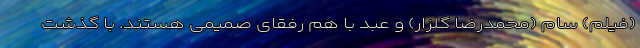
(فیلم) سام (محمدرضا گلزار) و عَبِد با هم رفقای صمیمی هستند. با گذشت